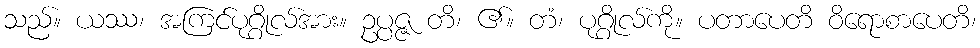
သည်။ ယဿ၊ အကြင်ပုဂ္ဂိုလ်အား။ ဥပ္ပဇ္ဇ တိ၊ ၏။ တံ၊ ပုဂ္ဂိုလ်ကို။ ပတာပေတိ ဝိရောစာပေတိ၊